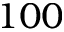
1 0 0